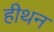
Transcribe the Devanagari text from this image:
हीथन